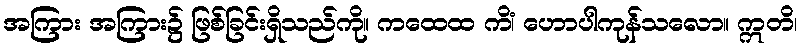
အကြား အကြား၌ ဖြစ်ခြင်းရှိသည်ကို။ ကထေထ ကိံ၊ ဟောပါကုန်သလော။ ဣတိ၊